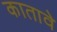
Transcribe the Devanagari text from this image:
कातावे